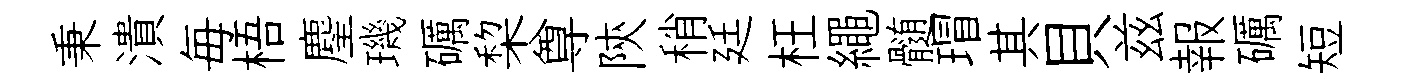
秉潰毎梧麈璣礪棃尊陝稍廷枉繩髄瑁其貝兹報礪短